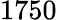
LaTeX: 1750